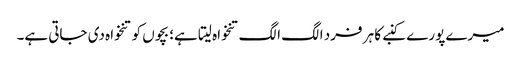
میرے پورے کنبے کا ہر فرد الگ الگ تنخواہ لیتا ہے؛ بچوں کو تنخواہ دی جاتی ہے۔